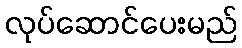
လုပ်ဆောင်ပေးမည်